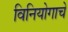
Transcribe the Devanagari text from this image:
विनियोगाचे